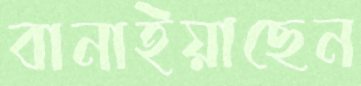
বানাইয়াছেন